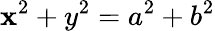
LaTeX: \mathbf{x}^{2}+y^{2}=a^{2}+b^{2}